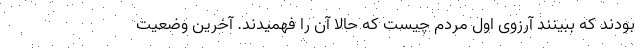
بودند که ببینند آرزوی اول مردم چیست که حالا آن را فهمیدند. آخرین وضعیت